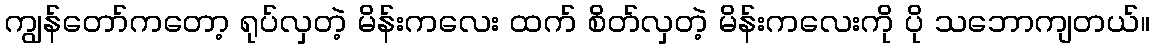
ကျွန်တော်ကတော့ ရုပ်လှတဲ့ မိန်းကလေး ထက် စိတ်လှတဲ့ မိန်းကလေးကို ပို သဘောကျတယ်။